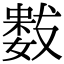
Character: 𭤋